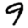
Digit: 9